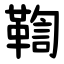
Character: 鞫